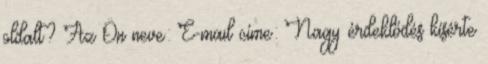
oldalt? Az Ön neve: E-mail címe: Nagy érdeklődés kísérte